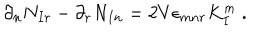
\partial _ { n } N _ { I r } - \partial _ { r } N _ { I n } = 2 V \epsilon _ { m n r } K _ { I } ^ { m } \ .